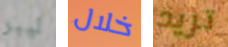
ليبر خلال تريد